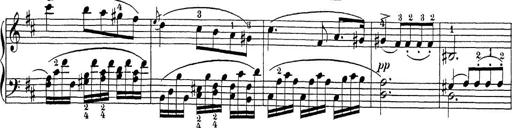
Title: Sonatina Album
Composer: Louis KÃ¶hler